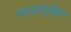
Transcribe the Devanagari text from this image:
मज्जातंतूविज्ञान